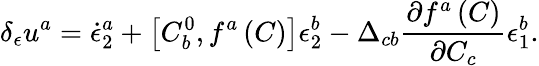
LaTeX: \delta_{\epsilon}u^{a}=\dot{\epsilon}_{2}^{a}+\left[C_{b}^{0},f^{a}\left(C\right)\right]\epsilon_{2}^{b}-\Delta_{cb}\frac{\partial f^{a}\left(C\right)}{\partial C_{c}}\epsilon_{1}^{b}.